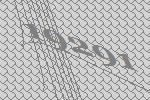
19291